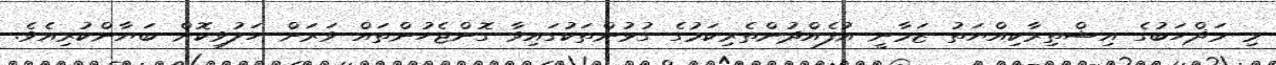
މި މަޛްހަބުގެ އިޝްތިރާކިއްޔަތު ޒަމާނީ އުފެއްދުންތެރިކަމުގެ ގުޅުންތަކުގައިވާ ގޮންޖެހުންތައް ވަރަށް ހަލުވިކޮށް ބަޔާންކުރިއެވެ.